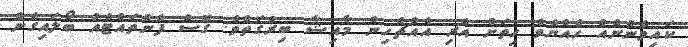
ކައިވެންނެއް ހެއްޔެވެ ހިތަށް އެރި އެއްޗެހިން މާއިޝާ ބިރުގަތެވެ. ގޮސް ފެންތައްޓެއް ބޯލައިގެން